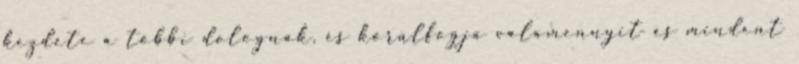
kezdete a többi dolognak, és körülfogja valamennyit és mindent